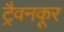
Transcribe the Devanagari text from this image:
ट्रैवनकूर